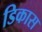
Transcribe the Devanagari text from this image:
डिकास